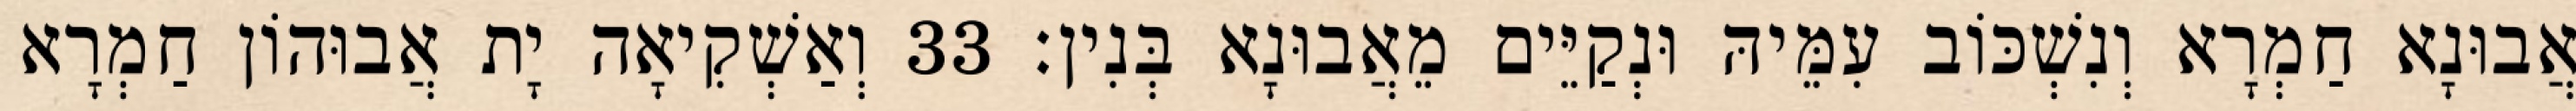
אֲבוּנָא חַמְרָא וְנִשְׁכּוֹב עִמֵּיהּ וּנְקַיֵּים מֵאֲבוּנָא בְּנִין׃ 33 וְאַשְׁקִיאָה יָת אֲבוּהוֹן חַמְרָא